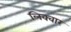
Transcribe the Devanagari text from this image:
लिक्वार